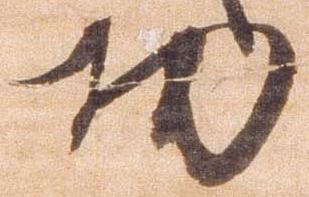
功